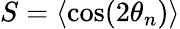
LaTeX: S=\langle\cos(2\theta_{n})\rangle